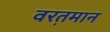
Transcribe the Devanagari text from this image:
वरत़़मान